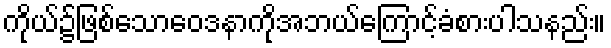
ကိုယ်၌ဖြစ်သောဝေဒနာကိုအဘယ်ကြောင့်ခံစားပါသနည်း။